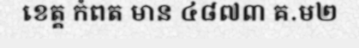
ខេត្ត កំពត មាន ៤៨៧៣ គ.ម២